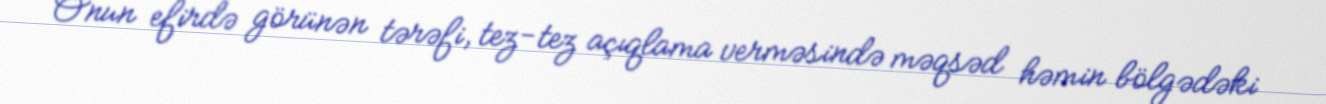
Onun efirdə görünən tərəfi, tez-tez açıqlama verməsində məqsəd həmin bölgədəki